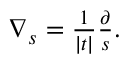
\begin{array} { r } { \nabla _ { s } = \frac { 1 } { | t | } \frac { \partial } { s } . } \end{array}